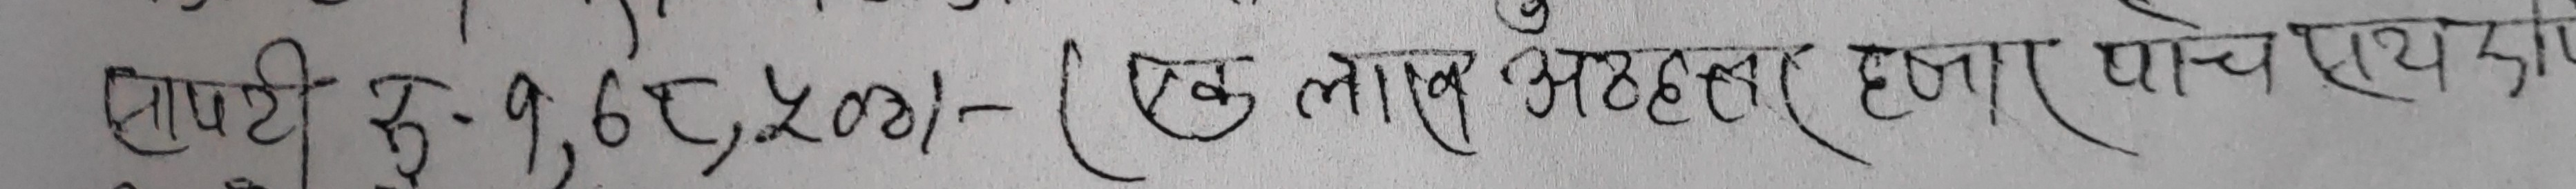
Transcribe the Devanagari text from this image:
सापटी रु. १,६४,५००/- (एक लाख अठसठ हजार पाच सय)